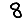
Digit: 8